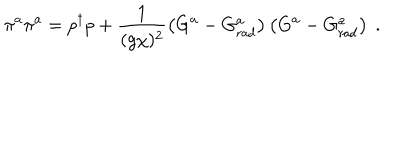
\pi ^ { a } \pi ^ { a } = p ^ { \dagger } p + \frac { 1 } { ( g \chi ) ^ { 2 } } \left( G ^ { a } - G _ { \mathrm { r a d } } ^ { a } \right) \left( G ^ { a } - G _ { \mathrm { r a d } } ^ { a } \right) \ .